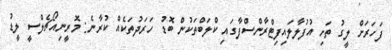
ފަހަރަށް ލީގު ތަށި އުފުލާލައިފިޓްރާންސްފާގައި ކްލަބްތަކުން ބޮޑު ހަރަދުތަކެއް ކުރާނެ: މޮރީނިއޯޗެލްސީ ލީޑު